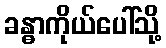
ခန္ဓာကိုယ်ပေါ်သို့